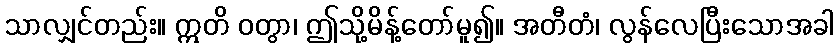
သာလျှင်တည်း။ ဣတိ ဝတွာ၊ ဤသို့မိန့်တော်မူ၍။ အတီတံ၊ လွန်လေပြီးသောအခါ